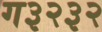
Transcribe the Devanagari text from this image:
ग३२३२